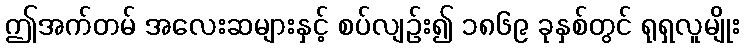
ဤအက်တမ် အလေးဆများနှင့် စပ်လျဉ်း၍ ၁၈၆၉ ခုနှစ်တွင် ရုရှလူမျိုး